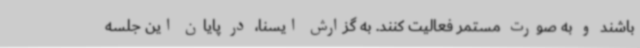
باشند و به صورت مستمر فعالیت کنند. به گزارش ایسنا، در پایان این جلسه